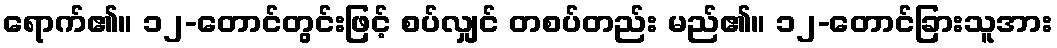
ရောက်၏။ ၁၂-တောင်တွင်းဖြင့် စပ်လျှင် တစပ်တည်း မည်၏။ ၁၂-တောင်ခြားသူအား